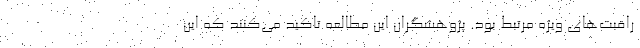
راقبت‌های ویژه مرتبط بود. پژوهشگران این مطالعه تاکید می‌کنند که این